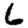
Digit: 6